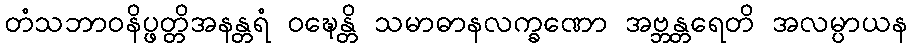
တံသဘာဝနိပ္ဖတ္တိအနန္တရံ ဝဍ္ဎေန္တိ သမာဓာနလက္ခဏော အဗ္ဘန္တရေတိ အလမ္ပာယန